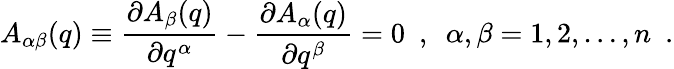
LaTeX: A_{\alpha\beta}(q)\equiv\frac{\partial A_{\beta}(q)}{\partial q^{\alpha}}-\frac{\partial A_{\alpha}(q)}{\partial q^{\beta}}=0\ \ ,\ \ \alpha,\beta=1,2,\dots,n\ \ .